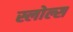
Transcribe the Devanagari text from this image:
स्लोल्स